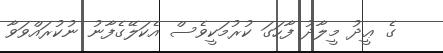
ގެ ޢީދު މީލާދު ފާހަގަ ކުރުމަކީވެސް އެކަލޭގެފާނު ނުކުރައްވަވާ